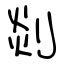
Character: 剡